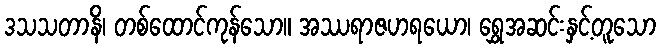
ဒသသတာနိ၊ တစ်ထောင်ကုန်သော။ အဿရာဇဟရယော၊ ရွှေအဆင်းနှင့်တူသော